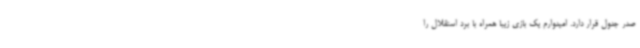
صدر جدول قرار دارد. امیدوارم یک بازی زیبا همراه با برد استقلال را